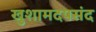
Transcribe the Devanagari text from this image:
खुशामदपसंद